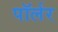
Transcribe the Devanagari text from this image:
पॉर्लर